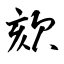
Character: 欬